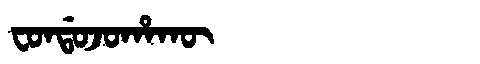
Manchu: ᠸᠣᠨᡩᠣᠵᠣᡥᠠᡴᡡ
Romanization: FONDOJOHAKŪ